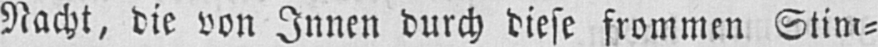
Nacht, die von Innen durch diese frommen Stim⸗